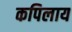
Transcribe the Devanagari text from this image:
कपिलाय